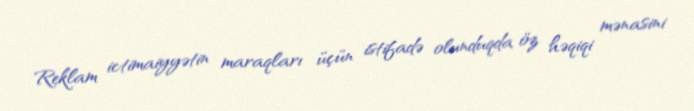
Reklam ictimaiyyətin maraqları üçün istifadə olunduqda öz həqiqi mənasini